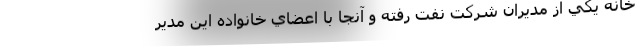
خانه يكي از مديران شركت نفت رفته و آنجا با اعضاي خانواده اين مدير